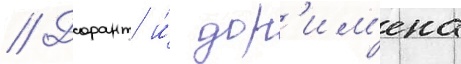
// Дорант и́ дор'им'ена